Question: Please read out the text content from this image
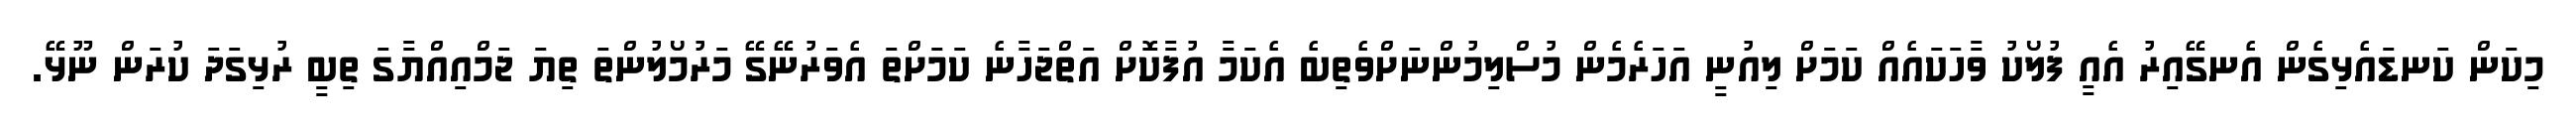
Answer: މިކަން ކަނޑައެޅިގެން އެނގޭއިރު އެއީ ފުލޯކު ވާހަކައެއް ކަމަށް ލިއުނީ އަހަރެމެން މުސްލިމުންނަށްވެތިބެ އެކަމާ އުފާކޮށް އަތްޖަހާނެ ކަމަށްތަ އެވަރުނޭގޭ މަރުމޯލުންތަ ތިޔަ ޖަމްއިއްޔާގަ ތިބީ ރުޅިގަދަ ކުރަން ނޫޅޭ.